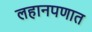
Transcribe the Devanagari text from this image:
लहानपणात